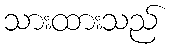
သားထားသည်